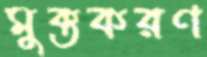
মুক্তকরণ